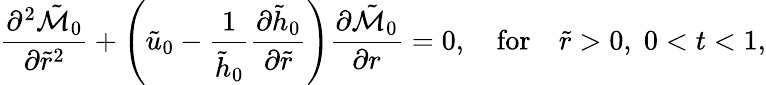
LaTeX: \frac{\partial^{2}\tilde{\mathcal{M}}_{0}}{\partial\tilde{r}^{2}}+\left(\tilde{u}_{0}-\frac{1}{\tilde{h}_{0}}\frac{\partial\tilde{h}_{0}}{\partial\tilde{r}}\right)\frac{\partial\tilde{\mathcal{M}}_{0}}{\partial r}=0,\quad\mathrm{for}\quad\tilde{r}>0,\; 0<t<1,